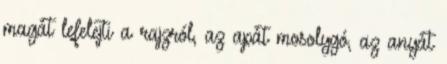
magát lefelejti a rajzról, az apát mosolygó, az anyát